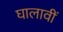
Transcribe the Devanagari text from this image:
घालावीं